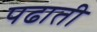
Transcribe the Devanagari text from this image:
पढाती